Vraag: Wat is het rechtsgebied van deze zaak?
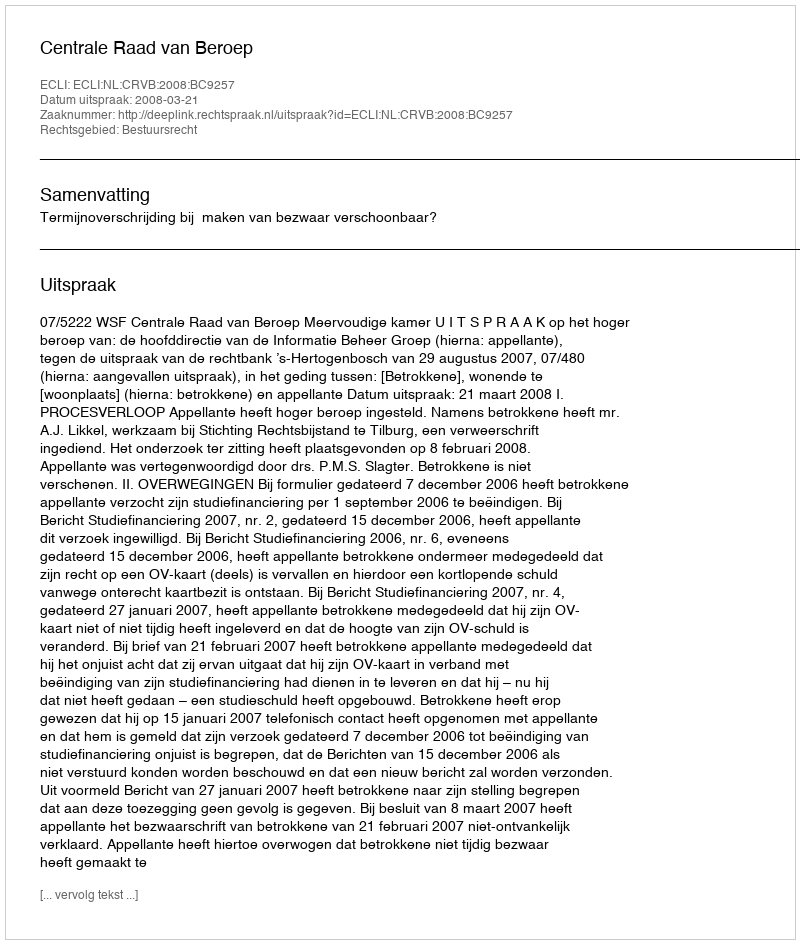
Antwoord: Bestuursrecht